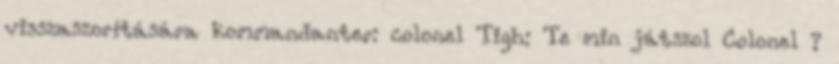
visszaszorítására kommandanter: colonel Tigh: Te min játszol Colonel ?